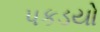
પકડયો